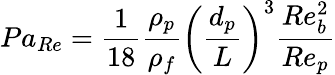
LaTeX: Pa_{Re}=\frac{1}{18}\frac{\rho_{p}}{\rho_{f}}\left(\frac{d_{p}}{L}\right)^{3}\frac{Re_{b}^{2}}{Re_{p}}